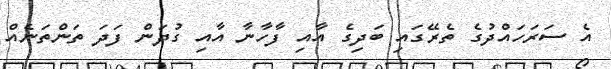
އެ ސަރަހައްދުގެ ތެރޭގައި ބަދިގެ އާއި ފާހާނާ އާއި ގުދަން ފަދަ ތަންތަނެއް